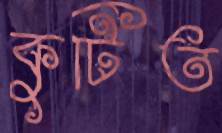
কুটিত